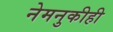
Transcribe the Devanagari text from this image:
नेमनुकीही